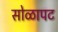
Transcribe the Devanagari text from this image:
सोळापट